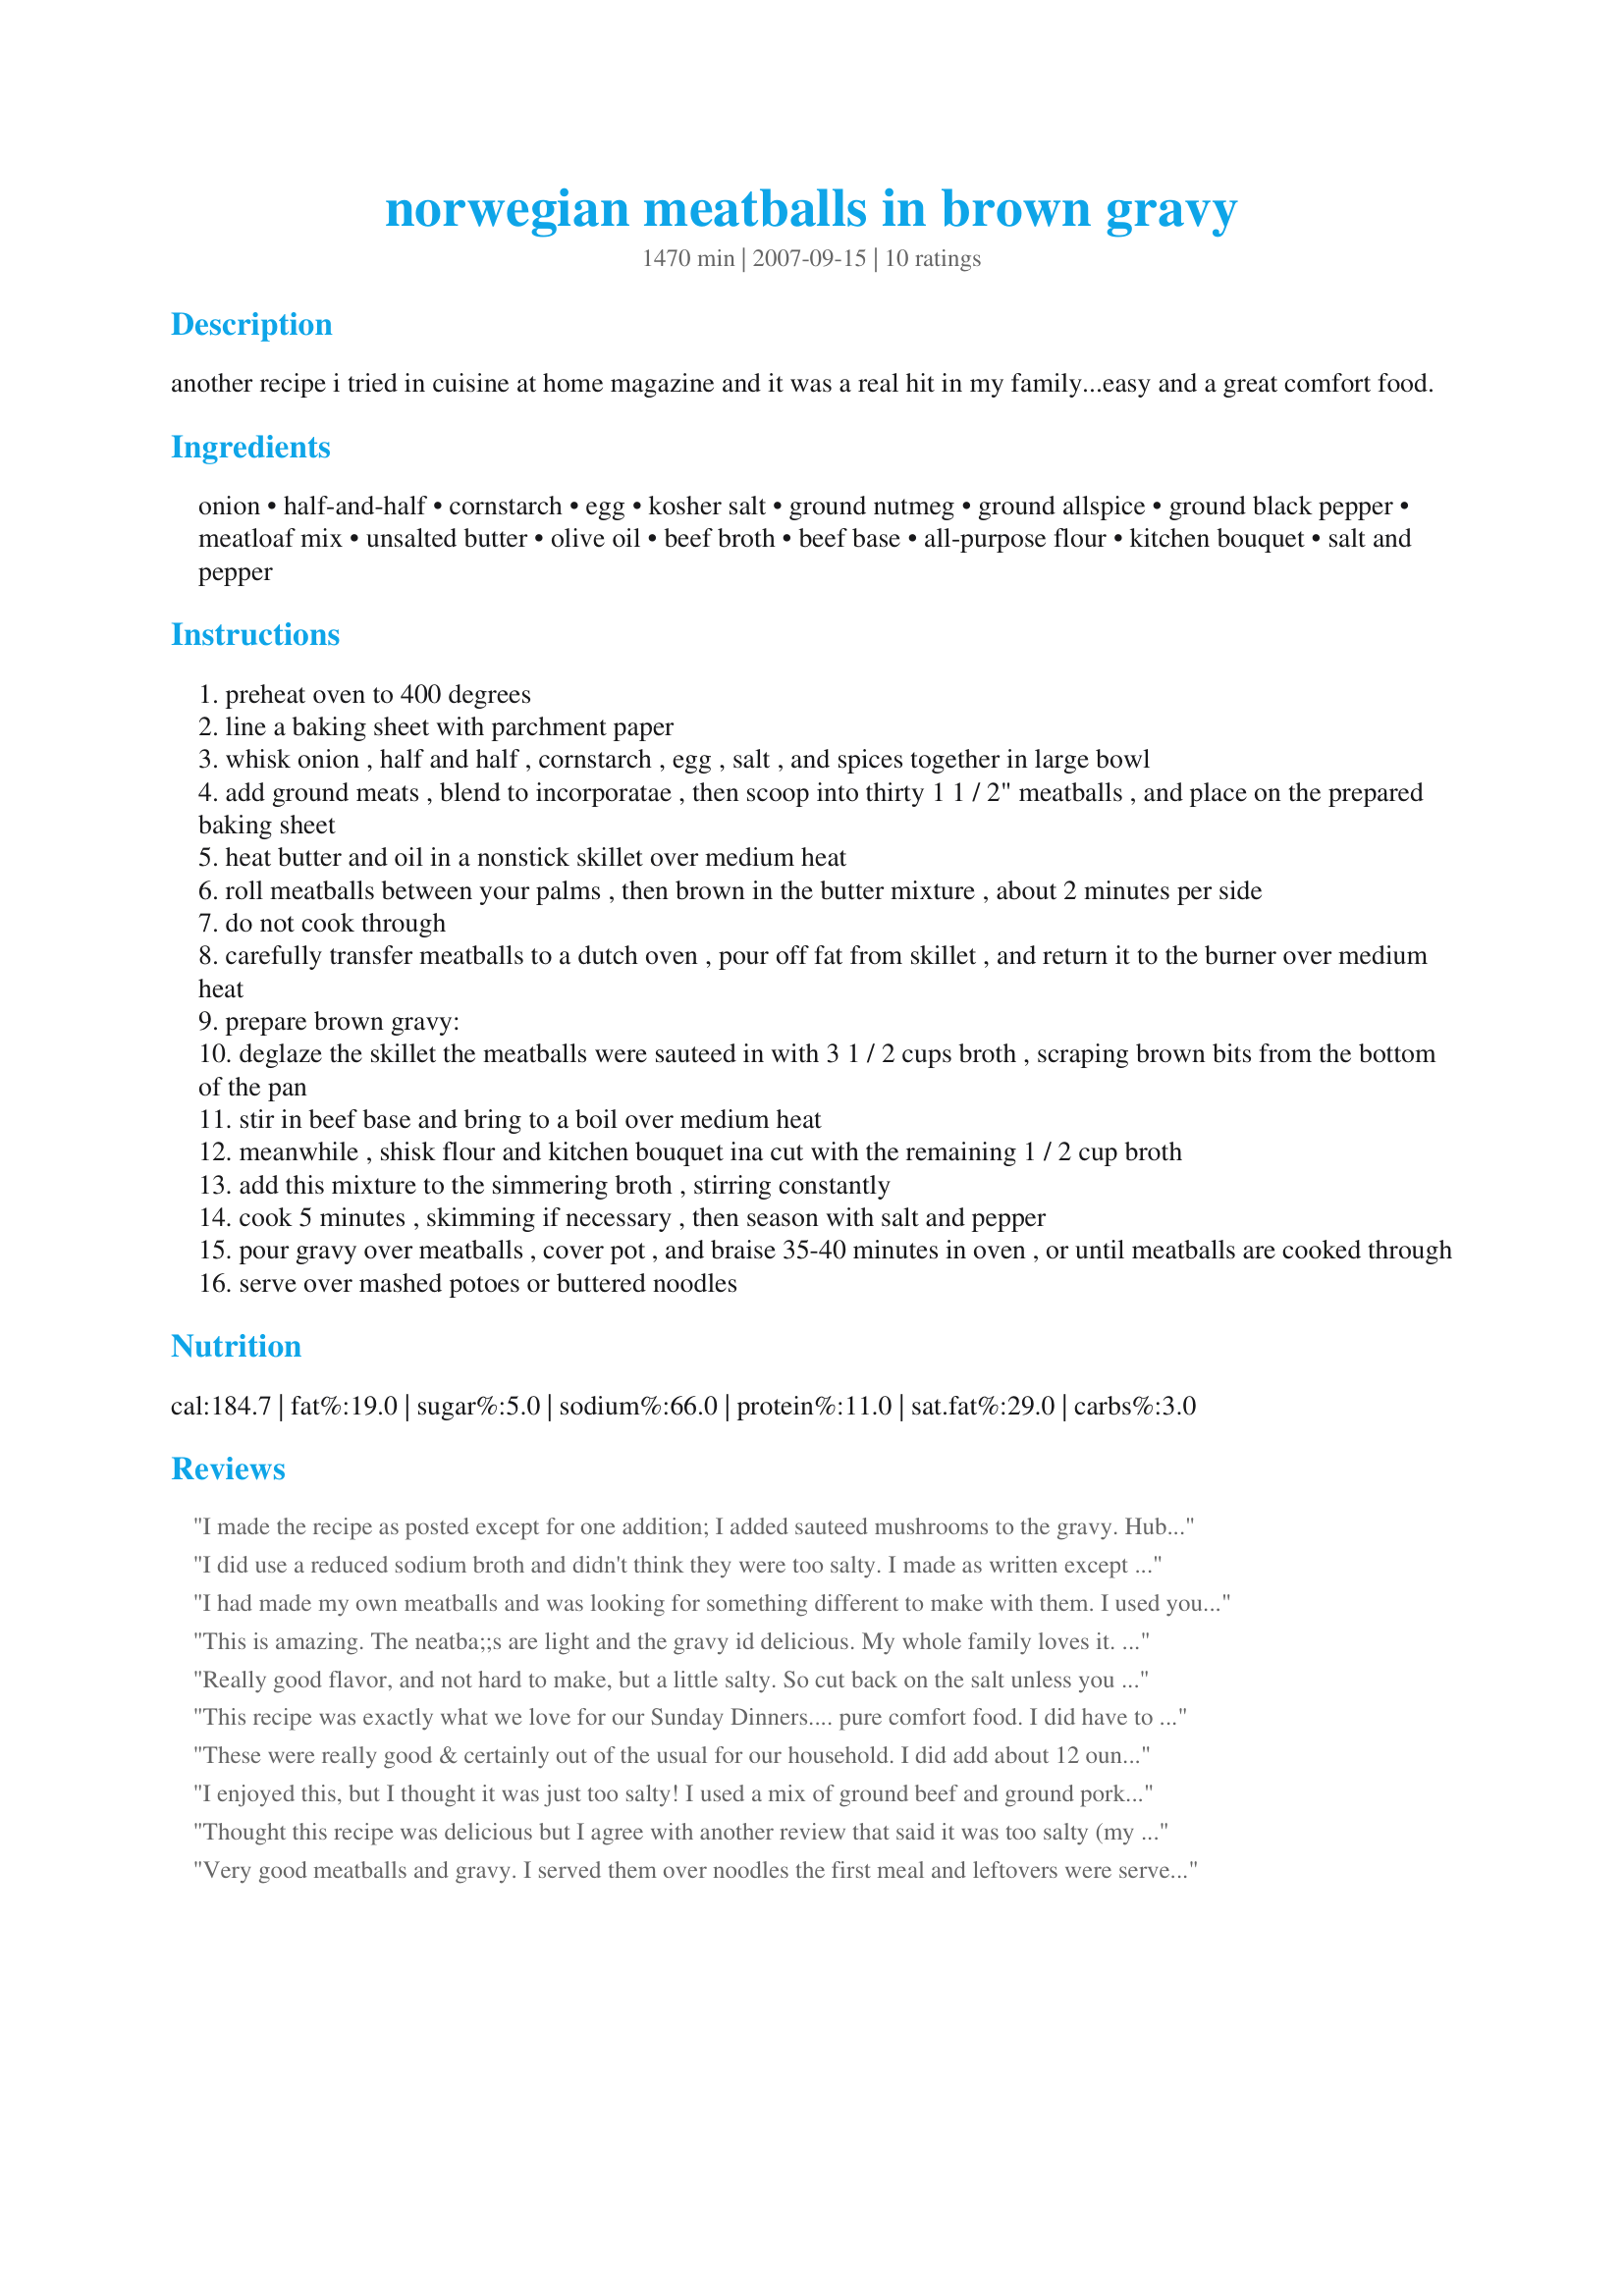
norwegian meatballs in brown gravy
Preparation time: 1470 minutes

another recipe i tried in cuisine at home magazine and it was a real hit in my family...easy and a great comfort food.

Ingredients:
onion, half-and-half, cornstarch, egg, kosher salt, ground nutmeg, ground allspice, ground black pepper, meatloaf mix, unsalted butter, olive oil, beef broth, beef base, all-purpose flour, kitchen bouquet, salt and pepper

Steps:
preheat oven to 400 degrees
line a baking sheet with parchment paper
whisk onion , half and half , cornstarch , egg , salt , and spices together in large bowl
add ground meats , blend to incorporatae , then scoop into thirty 1 1 / 2" meatballs , and place on the prepared baking sheet
heat butter and oil in a nonstick skillet over medium heat
roll meatballs between your palms , then brown in the butter mixture , about 2 minutes per side
do not cook through
carefully transfer meatballs to a dutch oven , pour off fat from skillet , and return it to the burner over medium heat
prepare brown gravy:
deglaze the skillet the meatballs were sauteed in with 3 1 / 2 cups broth , scraping brown bits from the bottom of the pan
stir in beef base and bring to a boil over medium heat
meanwhile , shisk flour and kitchen bouquet ina cut with the remaining 1 / 2 cup broth
add this mixture to the simmering broth , stirring constantly
cook 5 minutes , skimming if necessary , then season with salt and pepper
pour gravy over meatballs , cover pot , and braise 35-40 minutes in oven , or until meatballs are cooked through
serve over mashed potoes or buttered noodles

Reviews:
I made the recipe as posted except for one addition; I added sauteed mushrooms to the gravy.
Hubby and an unexpected guest enjoyed the meatballs for dinner tonight. I served them over noodles with a side of green bean almondine. They both loved the flavor of the meatballs, and said the gravy was very tasty, but hubby would have preferred the gravy to be thicker. The gravy was quite thick when I added it to the covered casserole, and placed it in the oven to braise. Perhaps it was the addition of the sauteed mushrooms that thinned out the gravy? There is enough leftover for another meal. I will definitely make this again.
Thanks for posting.
I did use a reduced sodium broth and didn't think they were too salty. I made as written except just cooked on the stove top at medium heat covered for 35 minutes. They were cooked through and still juicy/tender. Served with recipe#276182 276182 and they went well together. Made for PAC Fall 2011.
I had made my own meatballs and was looking for something different to make with them. I used your gravy recipe and it was wonderful. This was really a different recipe for us. We all enjoyed it. I did have to add more flour to thicken up the gravy.
This is amazing. The neatba;;s are light and the gravy id delicious. My whole family loves it. I have used the mixture for meatloaf with the gravy on it, and it's just as good. Shape the meatloaf on foil so it drains and bake 1 hr at 350.
Really good flavor, and not hard to make, but a little salty. So cut back on the salt unless you like it that way.
This recipe was exactly what we love for our Sunday Dinners.... pure comfort food. I did have to make some changes because of DH's allergies to gluten, milk, eggs and yeast. I used beef broth instead of cream in the meatballs and left the egg out completely. For the gravy I used cornstarch instead of flour and I served the meatballs over garlic mashed potatoes made with chicken broth instead of milk products. Even with those changes this dish was a hit with everyone from my 4-year old identical twin granddaughters all the way up to my 81-year old Dad. Served them with buttered peas on the side. The only complaint my DH had was that he could not use bread to sop up the delicious gravy! The recipe made 30 nice sized meatballs that were moist and flavorful and it was rich enough that after 6 of us ate there were still leftovers which I froze. We will have this meal very often!
These were really good & certainly out of the usual for our household. I did add about 12 ounces sliced mushrooms to the gravy - DH gobbled it up though he teased me about the "bally dinner" as I served with brussels sprouts (thought those were green beans in the freezer LOL).(trying to limit some carbs after the holidays) We will make this again. Thank you Cindy for a keeper recipe.
I enjoyed this, but I thought it was just too salty! I used a mix of ground beef and ground pork, and served over mashed potatoes. DS loved them!
Thought this recipe was delicious but I agree with another review that said it was too salty (my husband always oversalts everything and even he agreed it was too much). I am planning to make these for an upcoming party and will be using reduced sodium broth to cut down on the salt. Also, I made the meatballs and froze them prior to cooking and am planning to throw them in the slow cooker with the broth mixture.
Very good meatballs and gravy. I served them over noodles the first meal and leftovers were served over rice. I really enjoyed the taste of the gravy. Thanks for posting Cindy. Made for Fall 2009 PAC.
